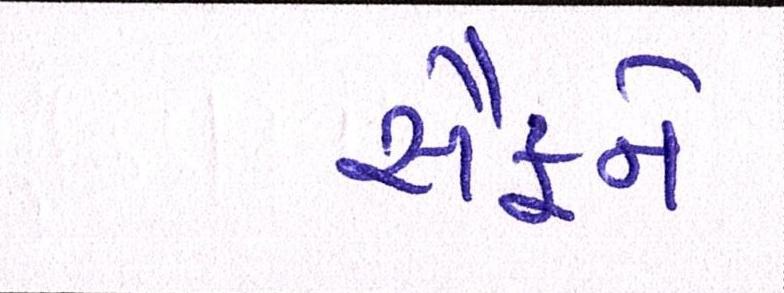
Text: સૈફને